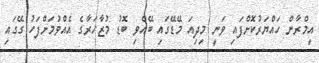
އިމްރާން ހައްޔަރުކޮށްފައި ވަނީ މިދިއަ މޭޑޭގައި ބޭއްވި ބޮޑު މުޒާހަރާގެ އެއްވުމަށްފަހު ގޭގައި